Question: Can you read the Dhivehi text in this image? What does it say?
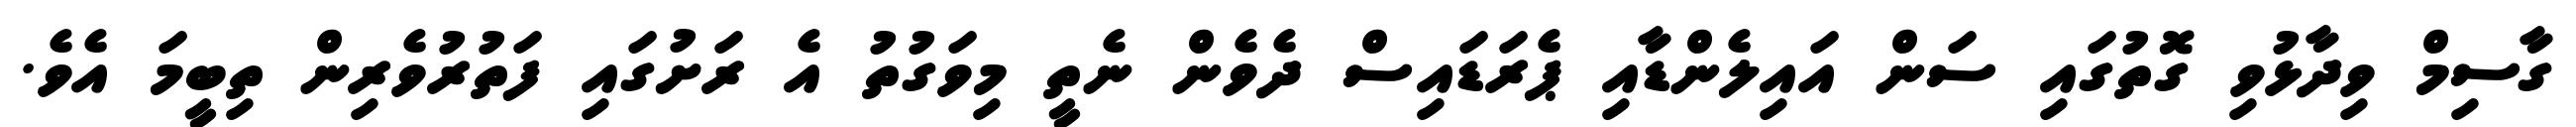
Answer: ގާސިމް ވިދާޅުވި ގޮތުގައި ސަން އައިލެންޑާއި ޕެރަޑައިސް ދެވެން ނެތީ މިވަގުތު އެ ރަށުގައި ފަތުރުވެރިން ތިބީމަ އެވެ.